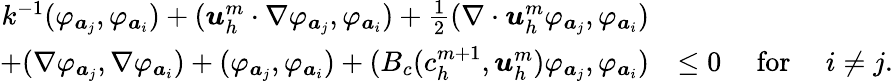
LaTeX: \begin{array}{rl}{k^{-1}(\varphi_{{\boldsymbol a}_{j}},\varphi_{{\boldsymbol a}_{i}})+({\boldsymbol u}_{h}^{m}\cdot\nabla\varphi_{{\boldsymbol a}_{j}},\varphi_{{\boldsymbol a}_{i}})+\frac{1}{2}(\nabla\cdot{\boldsymbol u}_{h}^{m}\varphi_{{\boldsymbol a}_{j}},\varphi_{{\boldsymbol a}_{i}})}&{}\\ {+(\nabla\varphi_{{\boldsymbol a}_{j}},\nabla\varphi_{{\boldsymbol a}_{i}})+(\varphi_{{\boldsymbol a}_{j}},\varphi_{{\boldsymbol a}_{i}})+(B_{c}(c_{h}^{m+1},{\boldsymbol u}_{h}^{m})\varphi_{{\boldsymbol a}_{j}},\varphi_{{\boldsymbol a}_{i}})}&{\le 0\quad\mathrm{~for~}\quad i\not=j.}\end{array}